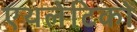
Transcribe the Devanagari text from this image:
एथलेटिकों